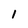
Character: 1